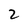
Character: 2